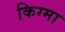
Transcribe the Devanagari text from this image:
किग्मा